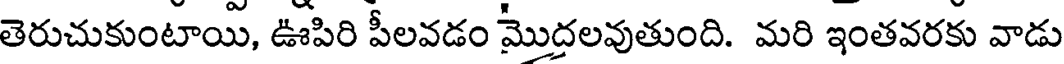
తెరుచుకుంటాయి, ఊపిరి పీలవడం మొదలవుతుంది. మరి ఇంతవరకు వాడు